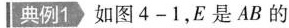
典例1，如图4-1，E 是 AB 的